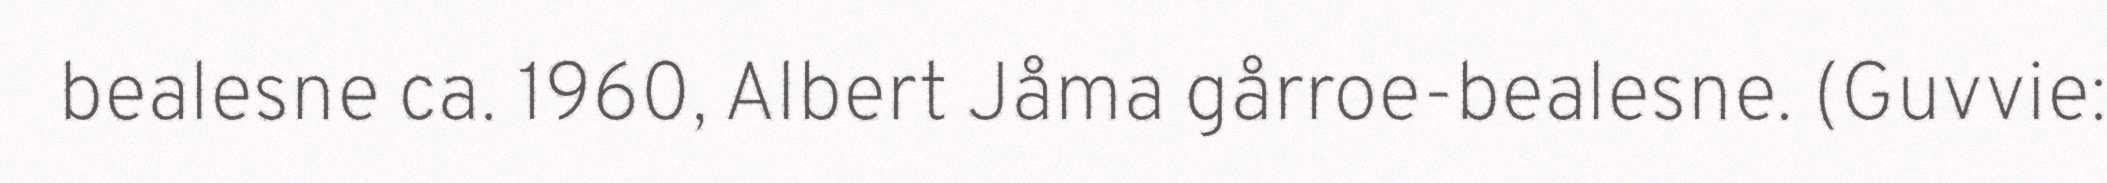
bealesne ca. 1960, Albert Jåma gårroe-bealesne. (Guvvie: